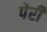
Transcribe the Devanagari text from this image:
पेर्री